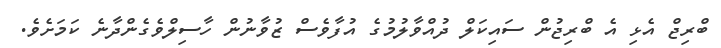
ބްރިޖް އެޅި އެ ބްރިޖުން ސައިކަލް ދުއްވާލުމުގެ އުފާވެސް ޒުވާނުން ހާސިލްވެގެންދާނެ ކަމަށެވެ.